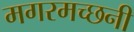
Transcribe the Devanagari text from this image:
मगरमच्छनी